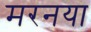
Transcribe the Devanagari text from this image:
मरनया